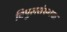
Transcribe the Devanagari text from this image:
विपुलसंख्यक